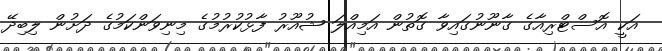
އަކީ އޮސްޓްރިއާގެ ގާނޫނުގައިވާ ގޮތުން އަމިއްލަ ޝުއޫރު ފާޅުކުރުމުގެ މިނިވަންކަމުގެ ދަށުން ލިބިދޭ